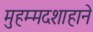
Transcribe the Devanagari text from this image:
मुहम्मदशाहाने